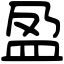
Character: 盈